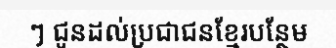
ៗ ជូនដល់ប្រជាជនខ្មែរបន្ថែម